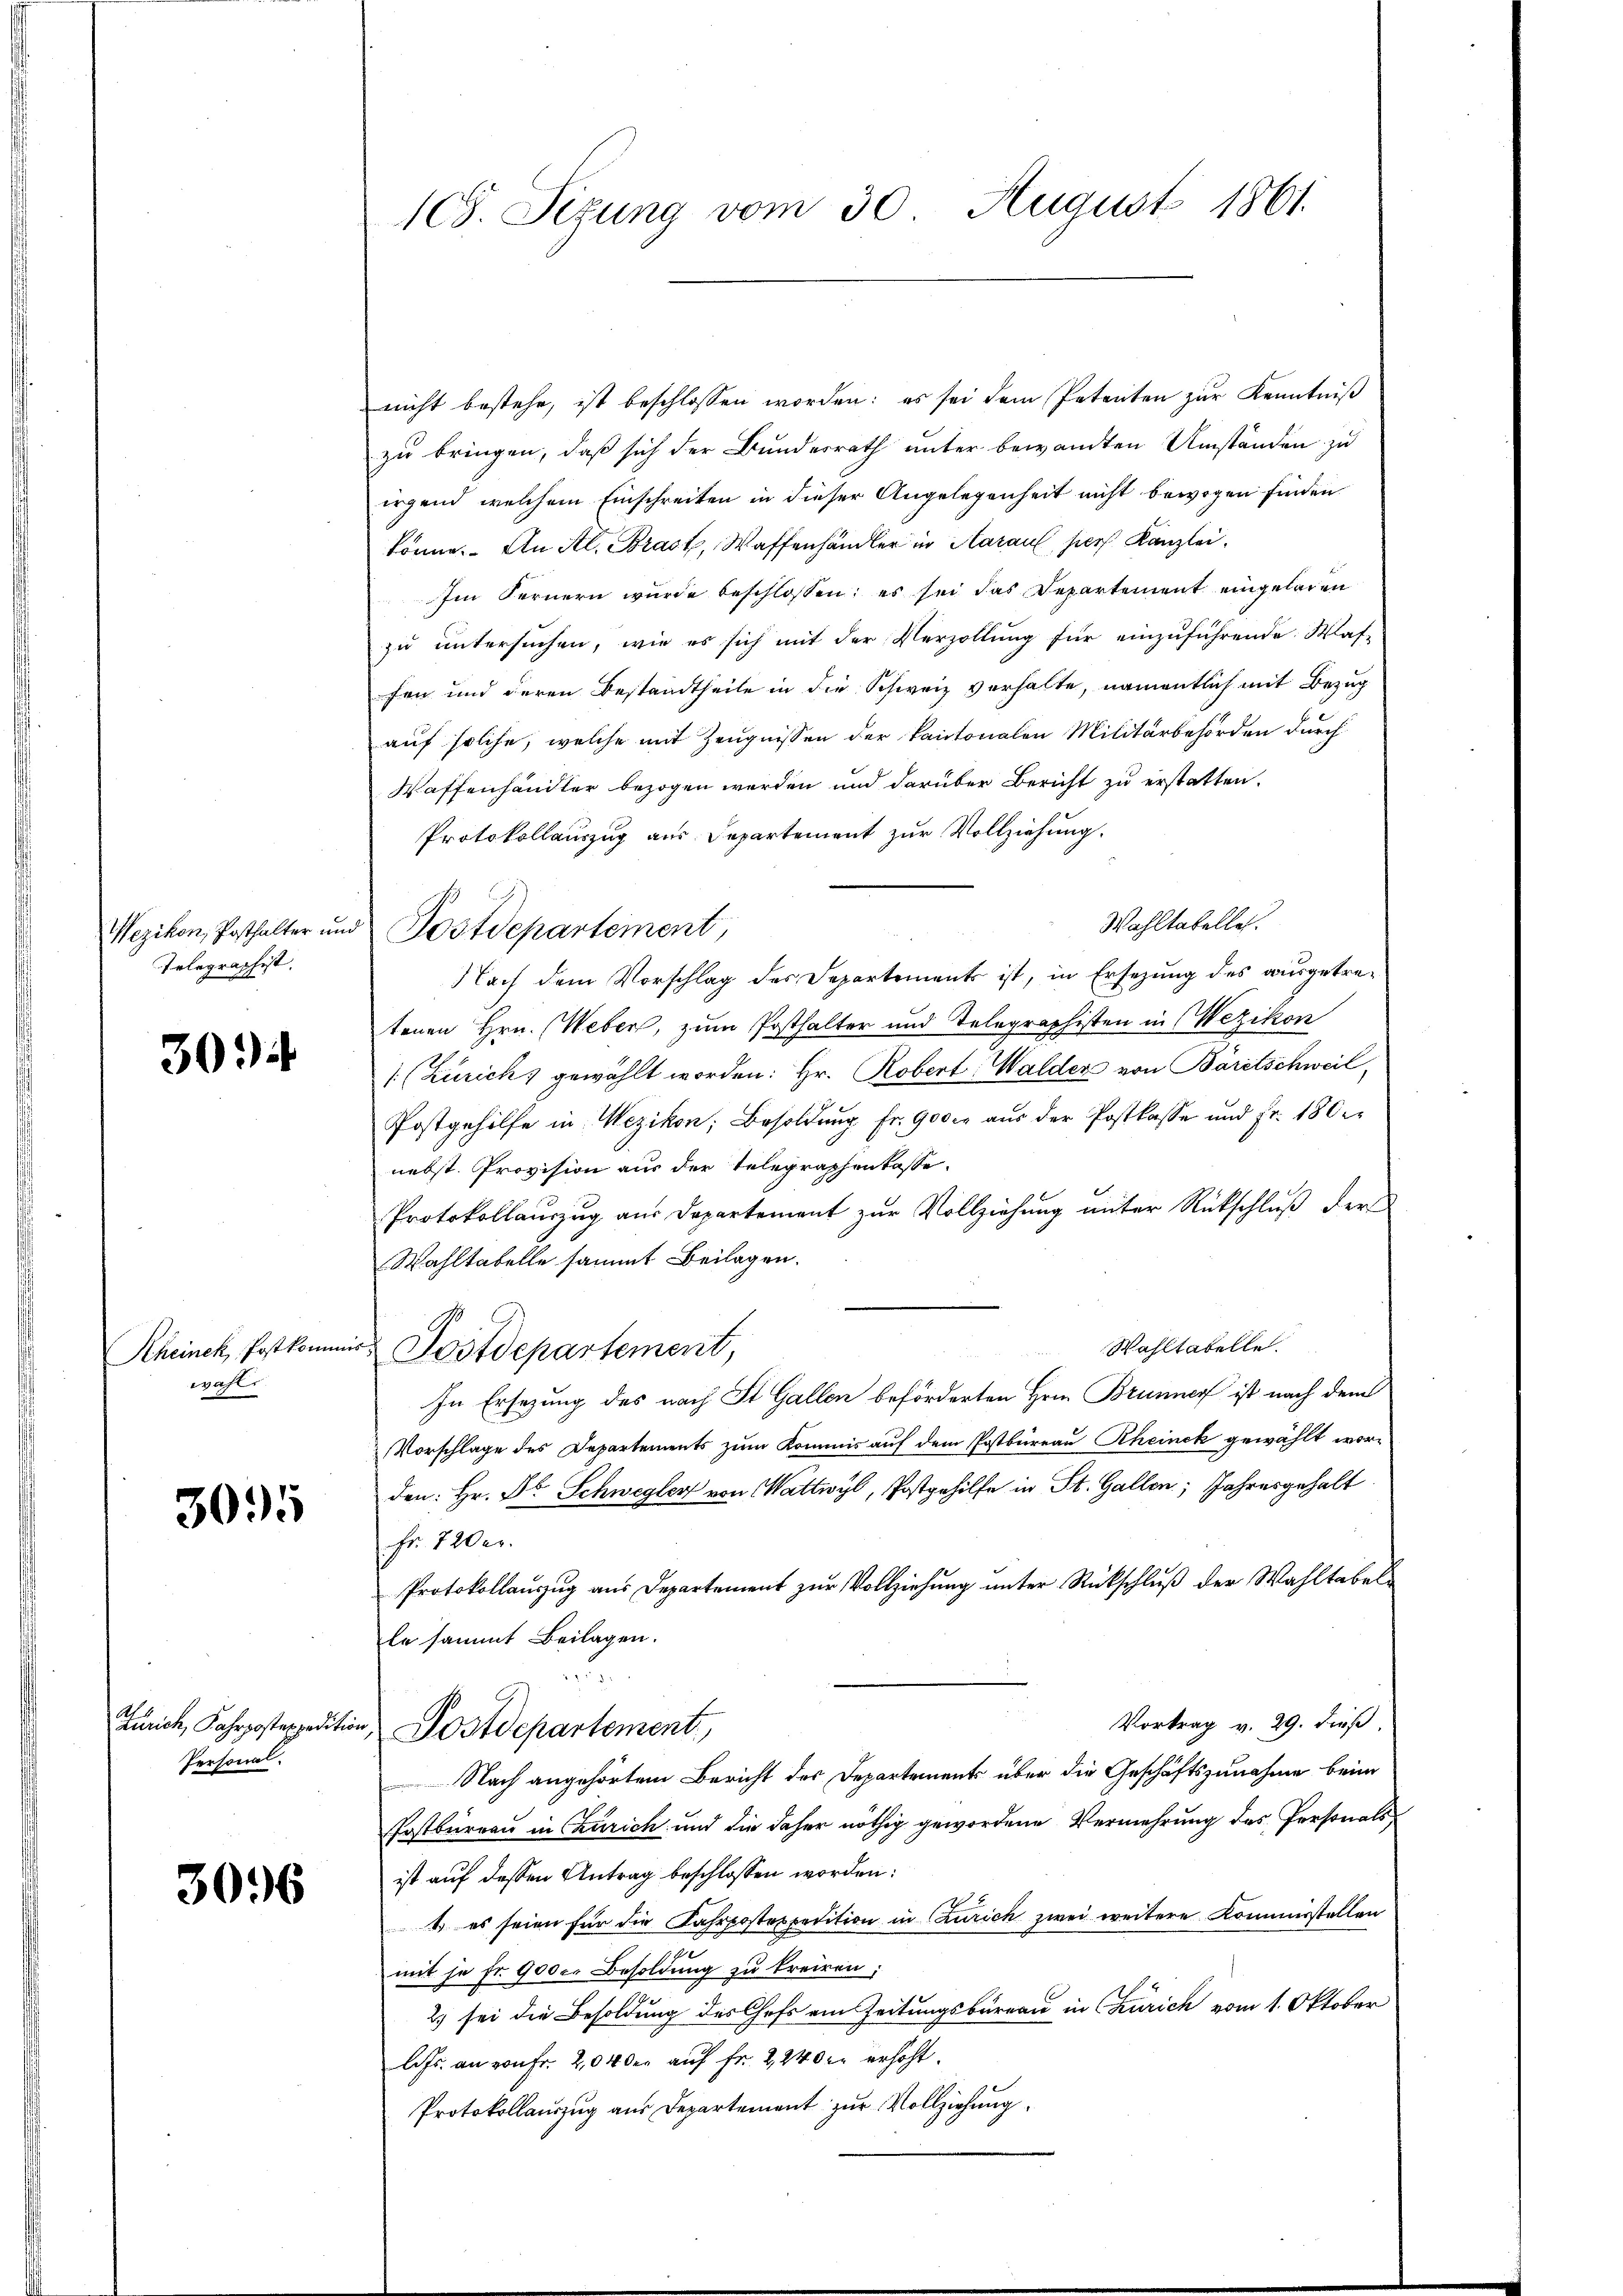
Telegraphist.

30

wahl

3095

Personal.

3096

nicht bestehe, ist beschlossen worden: es sei dem Petenten zur Kenntniß
zu bringen, daß sich der Bundesrath unter bewandten Umständen zu
irgend welchem Einschreiten in dieser Angelegenheit nicht bewogen finden.
könne. An Al. Brast, Waffenhändler in Harauf, hers Kanzlei¬
Im Fernern wurde beschlossen: es sei das Departement eingeladen
zu untersuchen, wie es sich mit der Verzollung für einzuführende Was-
fen und deren Bestandtheile in die Schweiz verhalte, namentlich mit Bezug
auf solche, welche mit Zeugnissen der Kantonalen Militärbehörden durch
Waffenhändler bezogen werden und darüber Bericht zu erstatten.
Protokollauszug aus Departement zur Vollziehung.
Wahltabellet.
Nach dem Vorschlag des Departements ist, in Ersezung des ausgetretenen Hrn. Weber, zum Posthalter und Telegraphisten in Wezikon
 (Zürich) gewählt worden: Hr. Robert Walder von Bäretschweil,
Postgehilfe in Wezikon, Besoldung fr. 900 er aus der Postkasse und Fr. 180 er
nebst Provision aus der Telegraphenlasse.
Protokollauszug aus Departement zur Vollziehung unter Rückschluß der
Wahltabelle sammt Beilagen.
Wahltatelle.
Rheinek, Postkommer Postdepartement,
In Ersezung des nach St. Gallen beförderten Hrn. Brunner ist nach dem
Vorschlage des Departements zum Kommis auf dem Postbureau Rheinek gewählt worden: Hr. Dr. Schwegler von Wattwyl, Postgehilfe in St. Gallen; Jahresgehalt
Fr. 720 er
Protokollauszug aus Departement zur Vollziehung unter Rückschluß der Wahltabelle sammt Beilagen.
.
Vortrag v. 29. dieß
Zürich, Fahrposteppedition, Postdepartement
Nach angehörtem Bericht des Departements über die Geschäftszunahme beim
Postbureau in Zürich und die daher nöthig gewordene Vermehrung des Personals
ist auf dessen Antrag beschlossen worden:
1) es seien für die Fahrposteppetition in Caurich zwei weitere Kommisstellen
u
mit se fr. 900 c. Besoldung zu treiren;
2) sei die Besoldung des Chefs am Zeitungsbureau in Churich vom 1. Oktober
l. Js. an von Fr. 204 der auf Fr. 2240 erhöht.
Protokollauszug aus Departement zur Vollziehung

108. Sezung vom 30. August 1861.

Wezikon, Posthalter und Postdepartement,